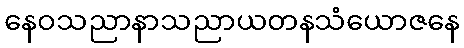
နေဝသညာနာသညာယတနသံယောဇနေ